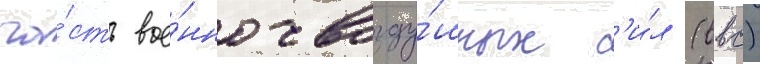
ча́сть вое́нно-возду́шных с'и́л (ввс)